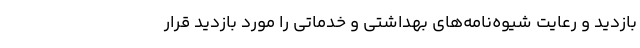
بازدید و رعایت شیوه‌نامه‌های بهداشتی و خدماتی را مورد بازدید قرار